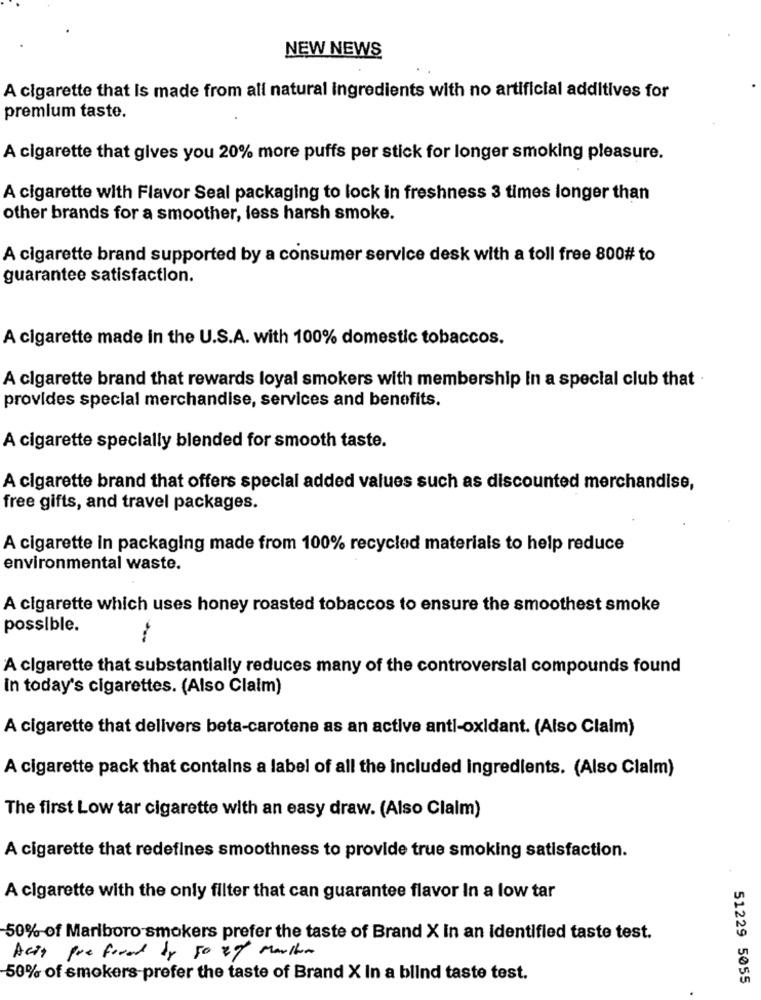
NEW NEWS
A cigarette that is made from all natural ingredients with no artificial additives for
premium taste.
A cigarette that gives you 20% more puffs per stick for longer smoking pleasure.
A cigarette with Flavor Seal packaging to lock in freshness 3 times longer than
other brands for a smoother, less harsh smoke.
A cigarette brand supported by a consumer service desk with a toll free 800# to
guarantee satisfaction.
A cigarette made in the U.S.A. with 100% domestic tobaccos.
A cigarette brand that rewards loyal smokers with membership in a special club that
provides special merchandise, services and benefits.
A cigarette specially blended for smooth taste.
A cigarette brand that offers special added values such as discounted merchandise,
free gifts, and travel packages.
A cigarette in packaging made from 100% recycled materials to help reduce
environmental waste.
A cigarette which uses honey roasted tobaccos to ensure the smoothest smoke
possible.
A cigarette that substantially reduces many of the controversial compounds found
In today's cigarettes. (Also Claim)
A cigarette that delivers beta-carotene as an active anti-oxidant. (Also Claim)
A cigarette pack that contains a label of all the included ingredients. (Also Clalm)
The first Low tar cigarette with an easy draw. (Also Claim)
A cigarette that redefines smoothness to provide true smoking satisfaction.
A cigarette with the only filter that can guarantee flavor In a low tar
50% of Marlboro smokers prefer the taste of Brand X in an identified taste test.
Acid prefered by 50 egy Maultom
50% of smokers-prefer the taste of Brand X In a blind taste test.
51229 5055